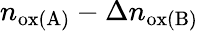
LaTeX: n_{\mathrm{ox(A)}}-\Delta n_{\mathrm{ox(B)}}